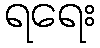
ရရေး